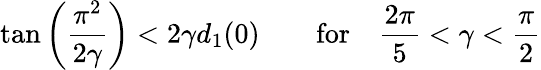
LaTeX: \tan\left(\frac{\pi^{2}}{2\gamma}\right)<2\gamma d_{1}(0)\qquad\mathrm{for}\quad\frac{2\pi}{5}<\gamma<\frac{\pi}{2}